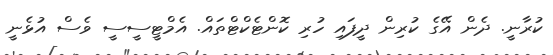
ކުރާނީ. ދެން އޭގެ ކުރިން ދީފައި ހުރި ކޮންޓެކްޓްތައް. އެމްޓީސީސީ ވެސް އުޅެނީ